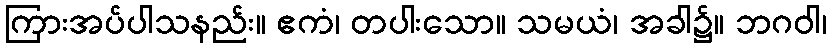
ကြားအပ်ပါသနည်း။ ဧကံ၊ တပါးသော။ သမယံ၊ အခါ၌။ ဘဂဝါ၊